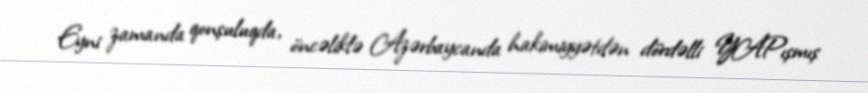
Eyni zamanda qonşuluqda, öncəliklə Azərbaycanda hakimiyyətdən dördəlli YAPışmış